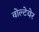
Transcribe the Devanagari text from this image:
वोल्टेयेर